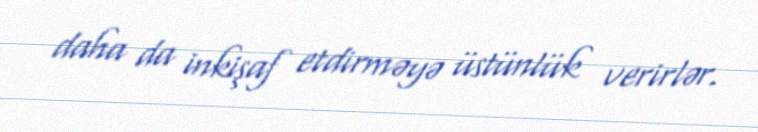
daha da inkişaf etdirməyə üstünlük verirlər.